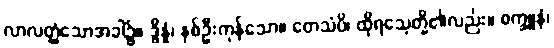
လာလတ္တံ့သောအခါ၌။ ဒွိန္နံ၊ နှစ်ဦးကုန်သော။ တေသံပိ၊ ထိုရသေ့တို့၏လည်း။ စက္ခူနံ၊